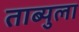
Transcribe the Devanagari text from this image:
ताब्युला